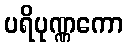
ပရိပုဏ္ဏကော